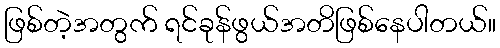
ဖြစ်တဲ့အတွက် ရင်ခုန်ဖွယ်အတိဖြစ်နေပါတယ်။